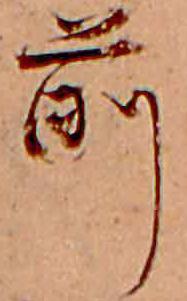
前